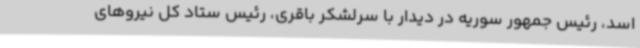
اسد، رئیس جمهور سوریه در دیدار با سرلشکر باقری، رئیس ستاد کل نیروهای